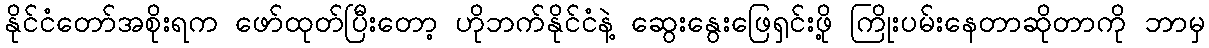
နိုင်ငံတော်အစိုးရက ဖော်ထုတ်ပြီးတော့ ဟိုဘက်နိုင်ငံနဲ့ ဆွေးနွေးဖြေရှင်းဖို့ ကြိုးပမ်းနေတာဆိုတာကို ဘာမှ